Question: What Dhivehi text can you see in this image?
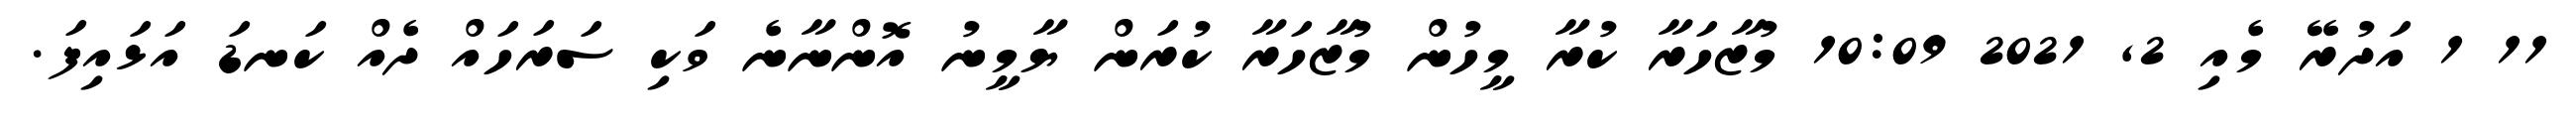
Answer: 11 1 އަދުރޭ މެއި 2, 2021 10:09 މުޒާހަރާ ކުރާ މީހުން މުޒާހަރާ ކުރަން ޔާމީނު އޮންނާނެ ވަކި ސަރަހައް ދެއް ކަނޑަ އަޅައިފަ.